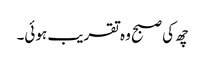
چھ کی صبح وہ تقریب ہوئی۔